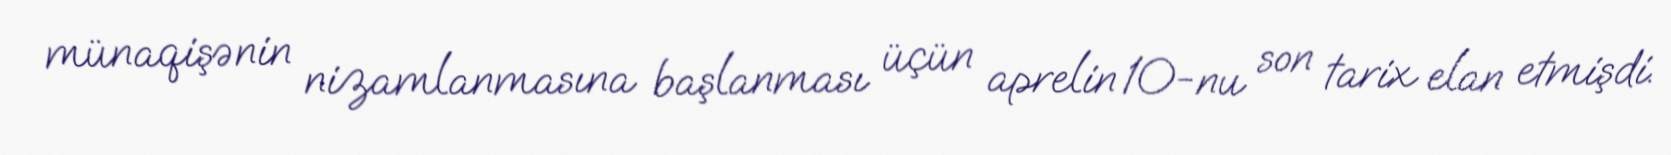
münaqişənin nizamlanmasına başlanması üçün aprelin 10-nu son tarix elan etmişdi.